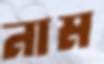
নাম